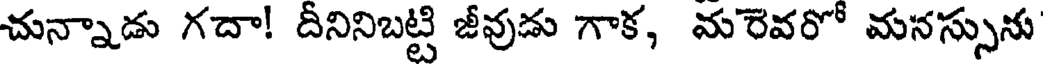
చున్నాడు గదా! దీనినిబట్టి జీవుడు గాక, మరెవరో మనస్సును